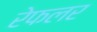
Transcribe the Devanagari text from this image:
रेफलर